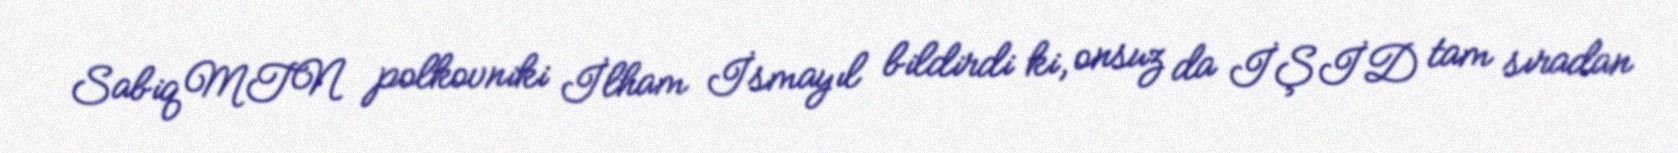
Sabiq MTN polkovniki İlham İsmayıl bildirdi ki, onsuz da İŞİD tam sıradan